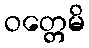
ဝတ္တေမိ